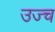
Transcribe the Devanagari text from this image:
उज्च